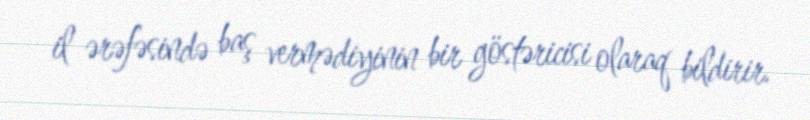
il ərəfəsində baş vermədiyinin bir göstəricisi olaraq bildirir.